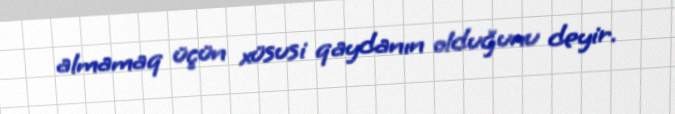
almamaq üçün xüsusi qaydanın olduğunu deyir.